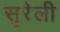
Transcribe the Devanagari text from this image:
सुरेली